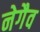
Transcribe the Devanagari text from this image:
नेगैव